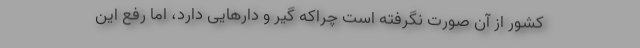
کشور از آن صورت نگرفته است چراکه گیر و دار‌هایی دارد، اما رفع این